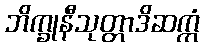
ဘိက္ခုနီသုတ္တာဒိဆက္ကံ